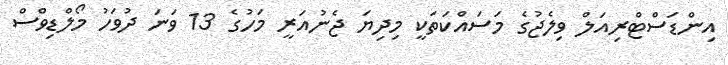
އިންޑަސްޓްރިއަލް ވިލެޖުގެ މަސައްކަތަކީ މިދިޔަ ޖެނުއަރީ މަހުގެ 13 ވަނަ ދުވަހު މޯލްޑިވްސް